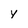
Character: y